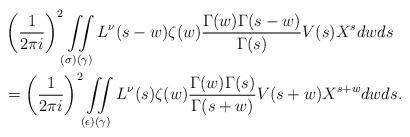
LaTeX: \begin{align*} & \left(\frac{1}{2\pi i}\right)^2 \iint\limits_{(\sigma)(\gamma)}L^\nu(s-w)\zeta(w)\frac{\Gamma(w) \Gamma(s - w)}{\Gamma(s)}V(s) X^s dw ds \\ &= \left(\frac{1}{2\pi i}\right)^2 \iint\limits_{(\epsilon)(\gamma)}L^\nu(s)\zeta(w)\frac{\Gamma(w) \Gamma(s )}{\Gamma(s+w)}V(s+w) X^{s+w} dw ds.\end{align*}